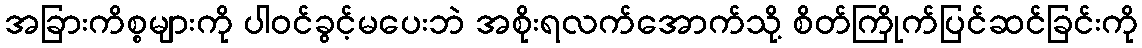
အခြားကိစ္စများကို ပါဝင်ခွင့်မပေးဘဲ အစိုးရလက်အောက်သို့ စိတ်ကြိုက်ပြင်ဆင်ခြင်းကို